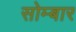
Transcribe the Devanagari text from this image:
सोम्बार